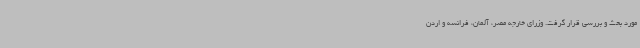
مورد بحث و بررسی قرار گرفت. وزرای خارجه مصر، آلمان، فرانسه و اردن